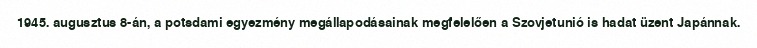
1945. augusztus 8-án, a potsdami egyezmény megállapodásainak megfelelően a Szovjetunió is hadat üzent Japánnak.